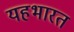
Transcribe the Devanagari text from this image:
यहभारत